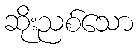
ဆိုးညစ်သော